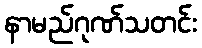
နာမည်ဂုဏ်သတင်း